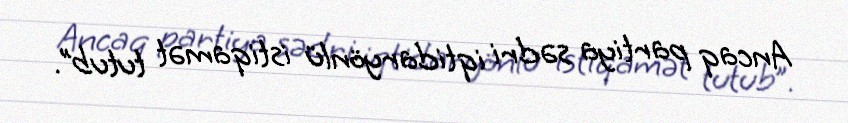
Ancaq partiya sədri iqtidaryönlü istiqamət tutub”.